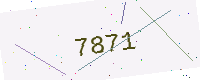
Text: 7871